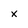
Character: x